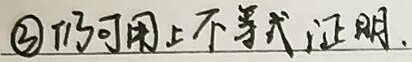
\textcircled{2} 仍可用上不等式证明.